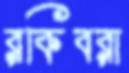
রকিবরা